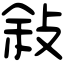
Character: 敍